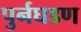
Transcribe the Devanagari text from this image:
पुर्नघडण